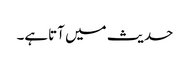
حدیث میں آتاہے۔